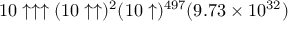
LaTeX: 1 0 \uparrow \uparrow \uparrow ( 1 0 \uparrow \uparrow ) ^ { 2 } ( 1 0 \uparrow ) ^ { 4 9 7 } ( 9 . 7 3 \times 1 0 ^ { 3 2 } )